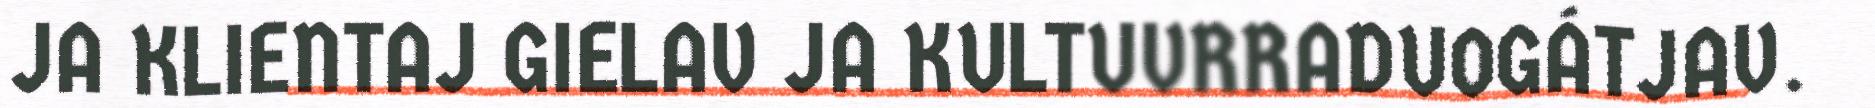
JA KLIENTAJ GIELAV JA KULTUVRRADUOGÁTJAV.